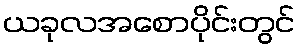
ယခုလအစောပိုင်းတွင်